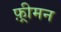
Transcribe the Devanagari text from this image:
फ़्रीमन